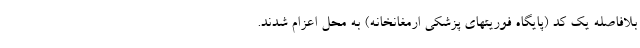
بلافاصله یک کد (پایگاه فوریتهای پزشکی ارمغانخانه) به محل اعزام شدند.